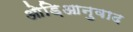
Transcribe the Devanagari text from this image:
ओड़िआनुवाद